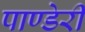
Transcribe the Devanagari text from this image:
पाण्डेरी